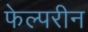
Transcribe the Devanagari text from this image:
फेल्परीन